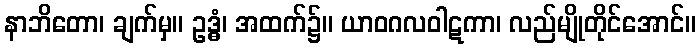
နာဘိတော၊ ချက်မှ။ ဥဒ္ဓံ၊ အထက်၌။ ယာဝဂလဝါဋကာ၊ လည်မျိုတိုင်အောင်။